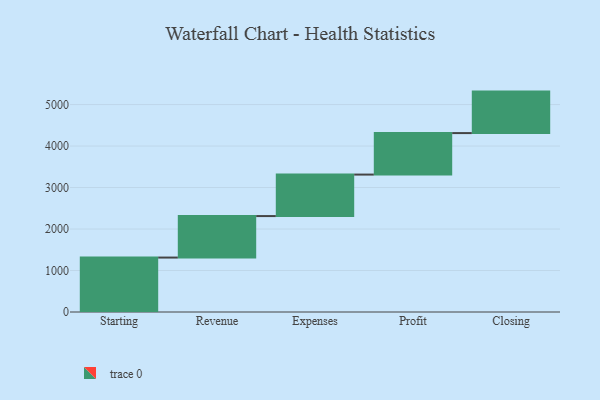
{"axis": {"x": "Step", "y": "Value"}, "legend": [""], "data": [{"x": "Starting", "y": 1312.0, "type": ""}, {"x": "Revenue", "y": 1000, "type": ""}, {"x": "Expenses", "y": 1000, "type": ""}, {"x": "Profit", "y": 1000, "type": ""}, {"x": "Closing", "y": 1000, "type": ""}]}